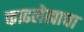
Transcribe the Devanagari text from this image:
काढलेह्याचा